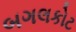
બગલકોટ